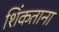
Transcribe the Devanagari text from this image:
शिंकताना